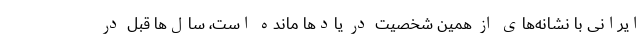
ایرانی با نشانه‌های از همین شخصیت در یادها مانده است، سال‌ها قبل در